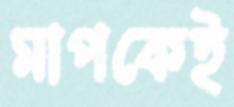
মাপকেই